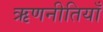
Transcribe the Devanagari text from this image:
ऋणनीतियाँ